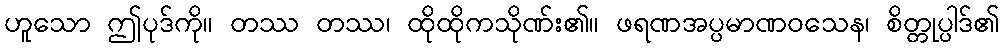
ဟူသော ဤပုဒ်ကို။ တဿ တဿ၊ ထိုထိုကသိုဏ်း၏။ ဖရဏအပ္ပမာဏဝသေန၊ စိတ္တုပ္ပါဒ်၏